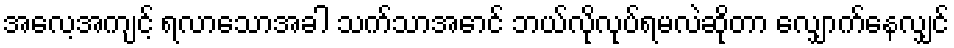
အလေ့အကျင့် ရလာသောအခါ သက်သာအောင် ဘယ်လိုလုပ်ရမလဲဆိုတာ လျှောက်နေလျှင်